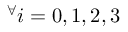
^ { \forall } i = 0 , 1 , 2 , 3